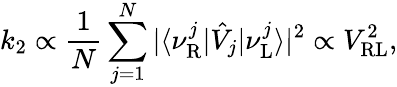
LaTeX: k_{2}\propto\frac{1}{N}\sum_{j=1}^{N}|\langle\nu_{\mathrm{R}}^{j}|\hat{V}_{j}|\nu_{\mathrm{L}}^{j}\rangle|^{2}\propto V_{\mathrm{RL}}^{2},